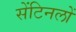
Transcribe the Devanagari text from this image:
सेंटिनलों